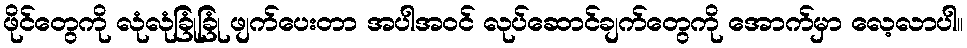
ဖိုင်တွေကို လုံလုံခြုံခြုံ ဖျက်ပေးတာ အပါအဝင် လုပ်ဆောင်ချက်တွေကို အောက်မှာ လေ့လာပါ။